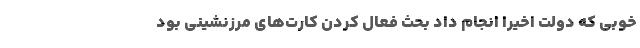
خوبی که دولت اخیراً انجام داد بحث فعال کردن کارت‌های مرزنشینی بود